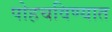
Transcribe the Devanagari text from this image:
पोहचविण्यात